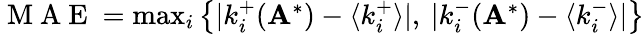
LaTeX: \begin{array}{r}{\mathrm{~M~A~E~}=\operatorname*{max}_{i}\left\{ |k_{i}^{+}(\mathbf A^{*})-\langle k_{i}^{+}\rangle|,\: |k_{i}^{-}(\mathbf A^{*})-\langle k_{i}^{-}\rangle|\right\} }\end{array}